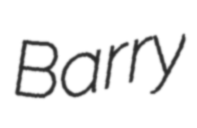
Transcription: Barry